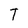
Character: T